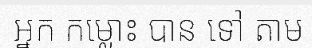
អ្នក កម្លោះ បាន ទៅ តាម